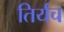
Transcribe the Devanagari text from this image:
तिर्यच